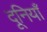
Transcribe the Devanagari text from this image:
दूनियाँ